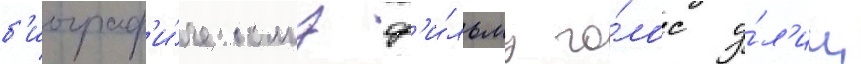
б'иограф'и́ческому ф'и́льму го́лос у́л'иц